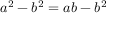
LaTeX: a ^ { 2 } - b ^ { 2 } = a b - b ^ { 2 }